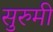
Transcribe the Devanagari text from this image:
सुरुमी